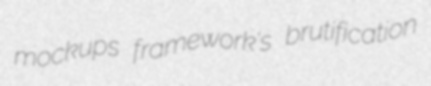
mockups framework's brutification